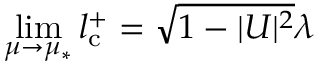
\operatorname* { l i m } _ { \mu \rightarrow \mu _ { * } } l _ { \mathrm { c } } ^ { + } = \sqrt { 1 - | U | ^ { 2 } } \lambda